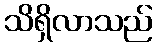
သိရှိလာသည်